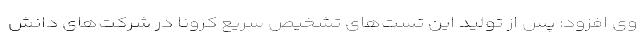
وی افزود: پس از تولید این تست‌های تشخیص سریع کرونا در شرکت‌های دانش